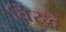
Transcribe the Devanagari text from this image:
विरद्ध